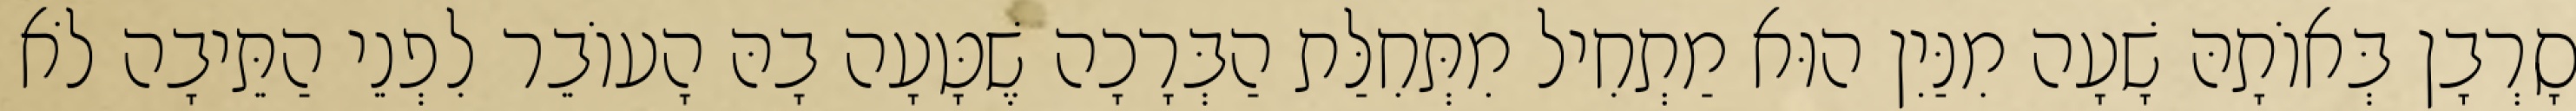
סָרְבָן בְּאוֹתָהּ שָׁעָה מִנַּיִן הוּא מַתְחִיל מִתְּחִלַּת הַבְּרָכָה שֶׁטָּעָה בָהּ הָעוֹבֵר לִפְנֵי הַתֵּיבָה לֹא